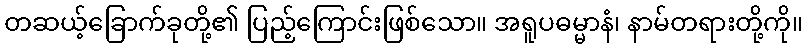
တဆယ့်ခြောက်ခုတို့၏ ပြည့်ကြောင်းဖြစ်သော။ အရူပဓမ္မာနံ၊ နာမ်တရားတို့ကို။